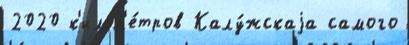
2020 к'илом'е́тров Калу́жскаjа самого